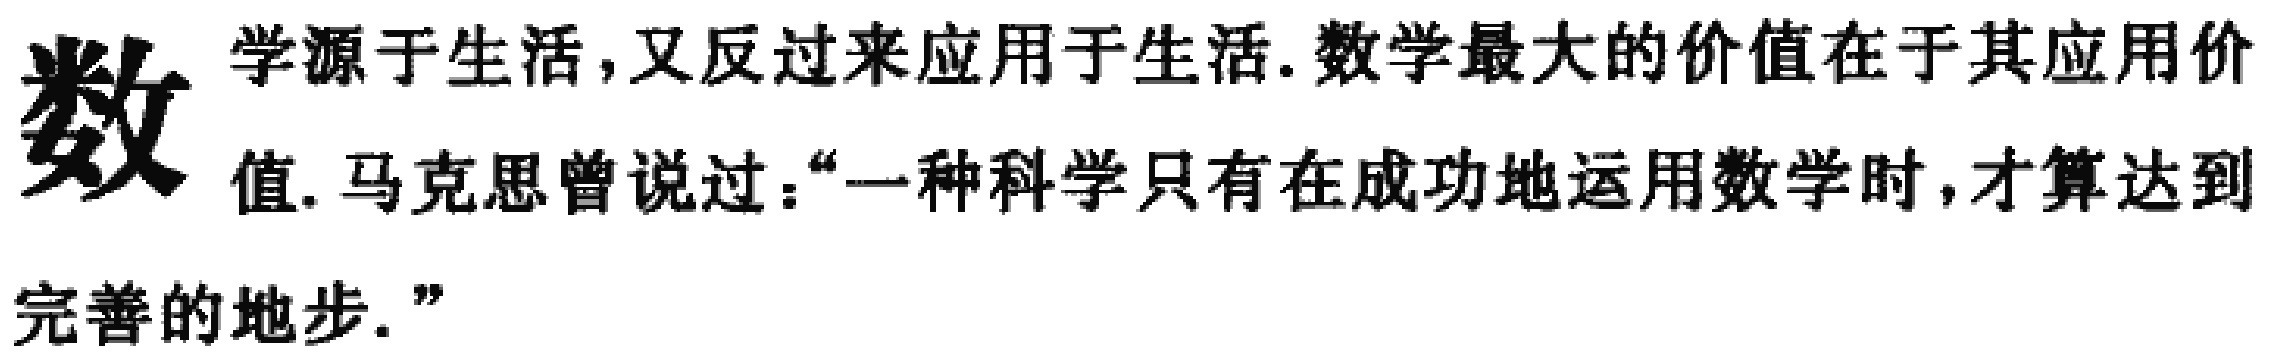
数学源于生活,又反过来应用于生活.数学最大的价值在于其应用价值.马克思曾说过：“一种科学只有在成功地运用数学时,才算达到完善的地步.”